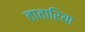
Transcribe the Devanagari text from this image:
तातारिया